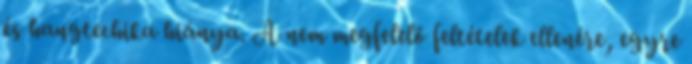
és hangtechika hiánya. A nem megfelelő feltételek ellenére, egyre